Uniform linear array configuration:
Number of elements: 4
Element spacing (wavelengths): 0.75
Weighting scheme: hann
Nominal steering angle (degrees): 0
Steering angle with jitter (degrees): -1.648
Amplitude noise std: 0.05
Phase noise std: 0.05

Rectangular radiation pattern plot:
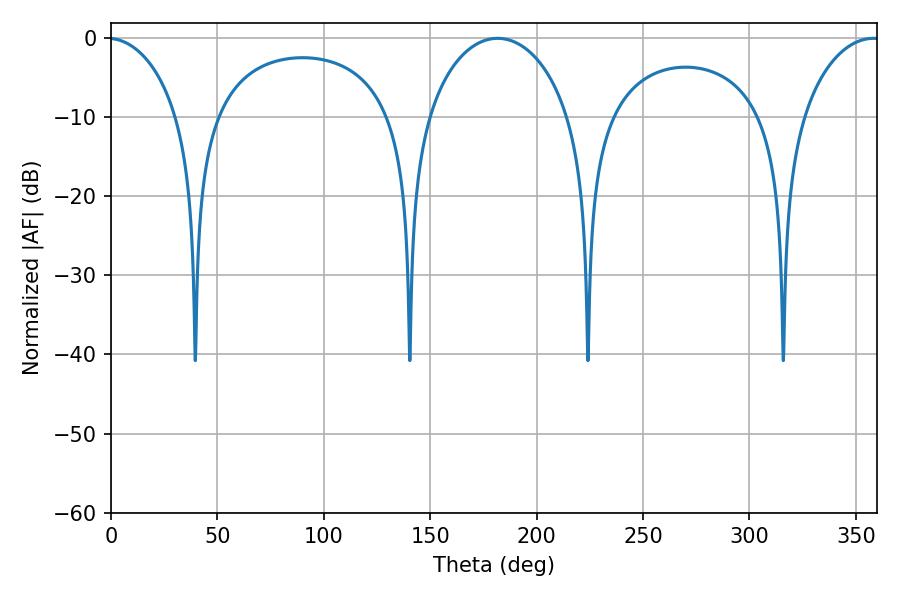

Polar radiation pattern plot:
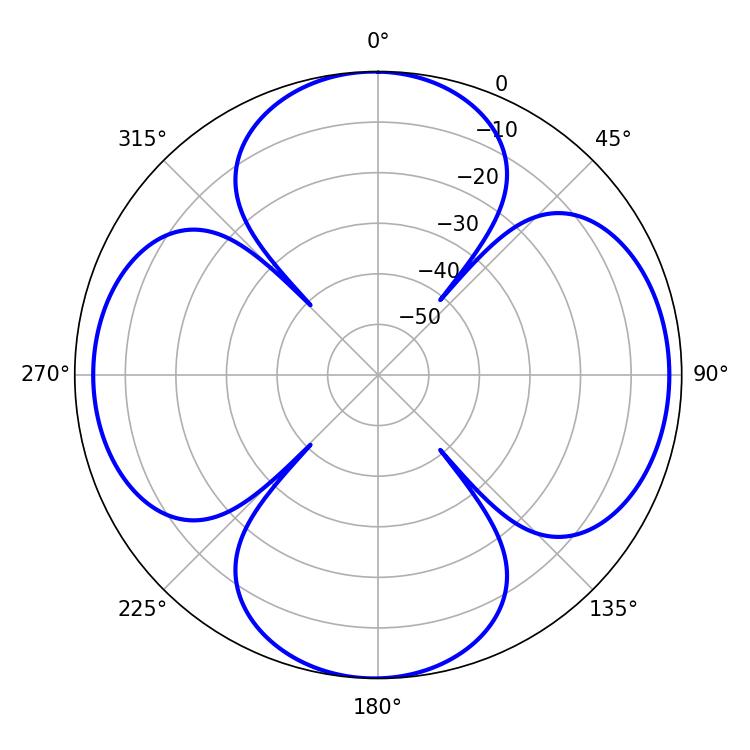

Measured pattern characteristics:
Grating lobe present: TRUE
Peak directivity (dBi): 12.176
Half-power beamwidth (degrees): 38.88
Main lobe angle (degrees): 181.62